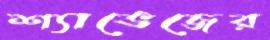
শ্যাভেজের